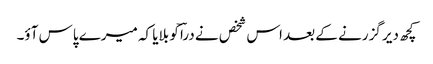
کچھ دیر گزرنے کے بعد اس شخص نے دراؔ کو بلایا کہ میرے پاس آؤ۔